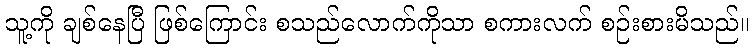
သူ့ကို ချစ်နေပြီ ဖြစ်ကြောင်း စသည်လောက်ကိုသာ စကားလက် စဉ်းစားမိသည်။